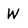
Character: W